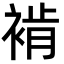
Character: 褃